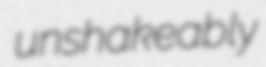
unshakeably